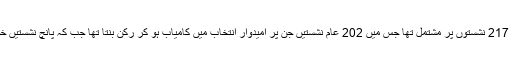
1997ء میں جب ملک کی آبادی تقریباً 12 کروڑ 90 لاکھ تھی تو قومی اسمبلی کا ایوان 217 نشستوں پر مشتمل تھا جس میں 202 عام نشستیں جن پر امیدوار انتخاب میں کامیاب ہو کر رکن بنتا تھا جب کہ پانچ نشستیں خواتین کے لیے مخصوص تھیں اور اقلیتوں کے لیے مخصوص نشستوں کی تعداد 10 تھی۔